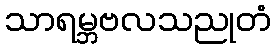
သာရမ္ဘဗလသညုတံ